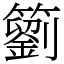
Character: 䉧